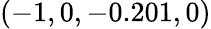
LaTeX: (-1,0,-0.201,0)